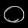
Digit: ၀